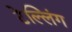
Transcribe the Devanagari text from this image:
टेल्लिंग